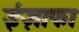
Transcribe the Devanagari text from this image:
ईज़ाफा